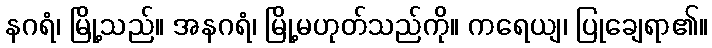
နဂရံ၊ မြို့သည်။ အနဂရံ၊ မြို့မဟုတ်သည်ကို။ ကရေယျ၊ ပြုချေရာ၏။